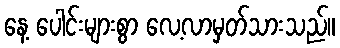
နေ့ ပေါင်းများစွာ လေ့လာမှတ်သားသည်။